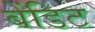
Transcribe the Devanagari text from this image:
बेंडिट